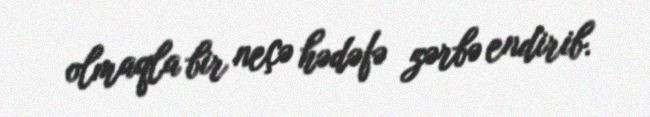
olmaqla bir neçə hədəfə zərbə endirib.